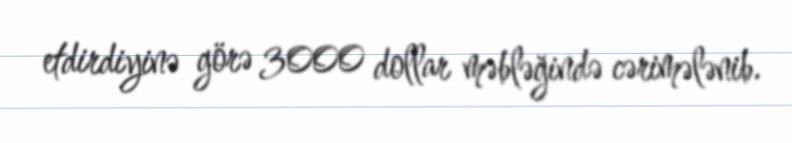
etdirdiyinə görə 3000 dollar məbləğində cərimələnib.